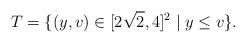
LaTeX: \begin{align*}T=\{(y,v)\in [2\sqrt{2},4]^2\mid y\le v\}.\end{align*}